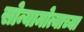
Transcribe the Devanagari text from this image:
सोन्यामोत्याच्या